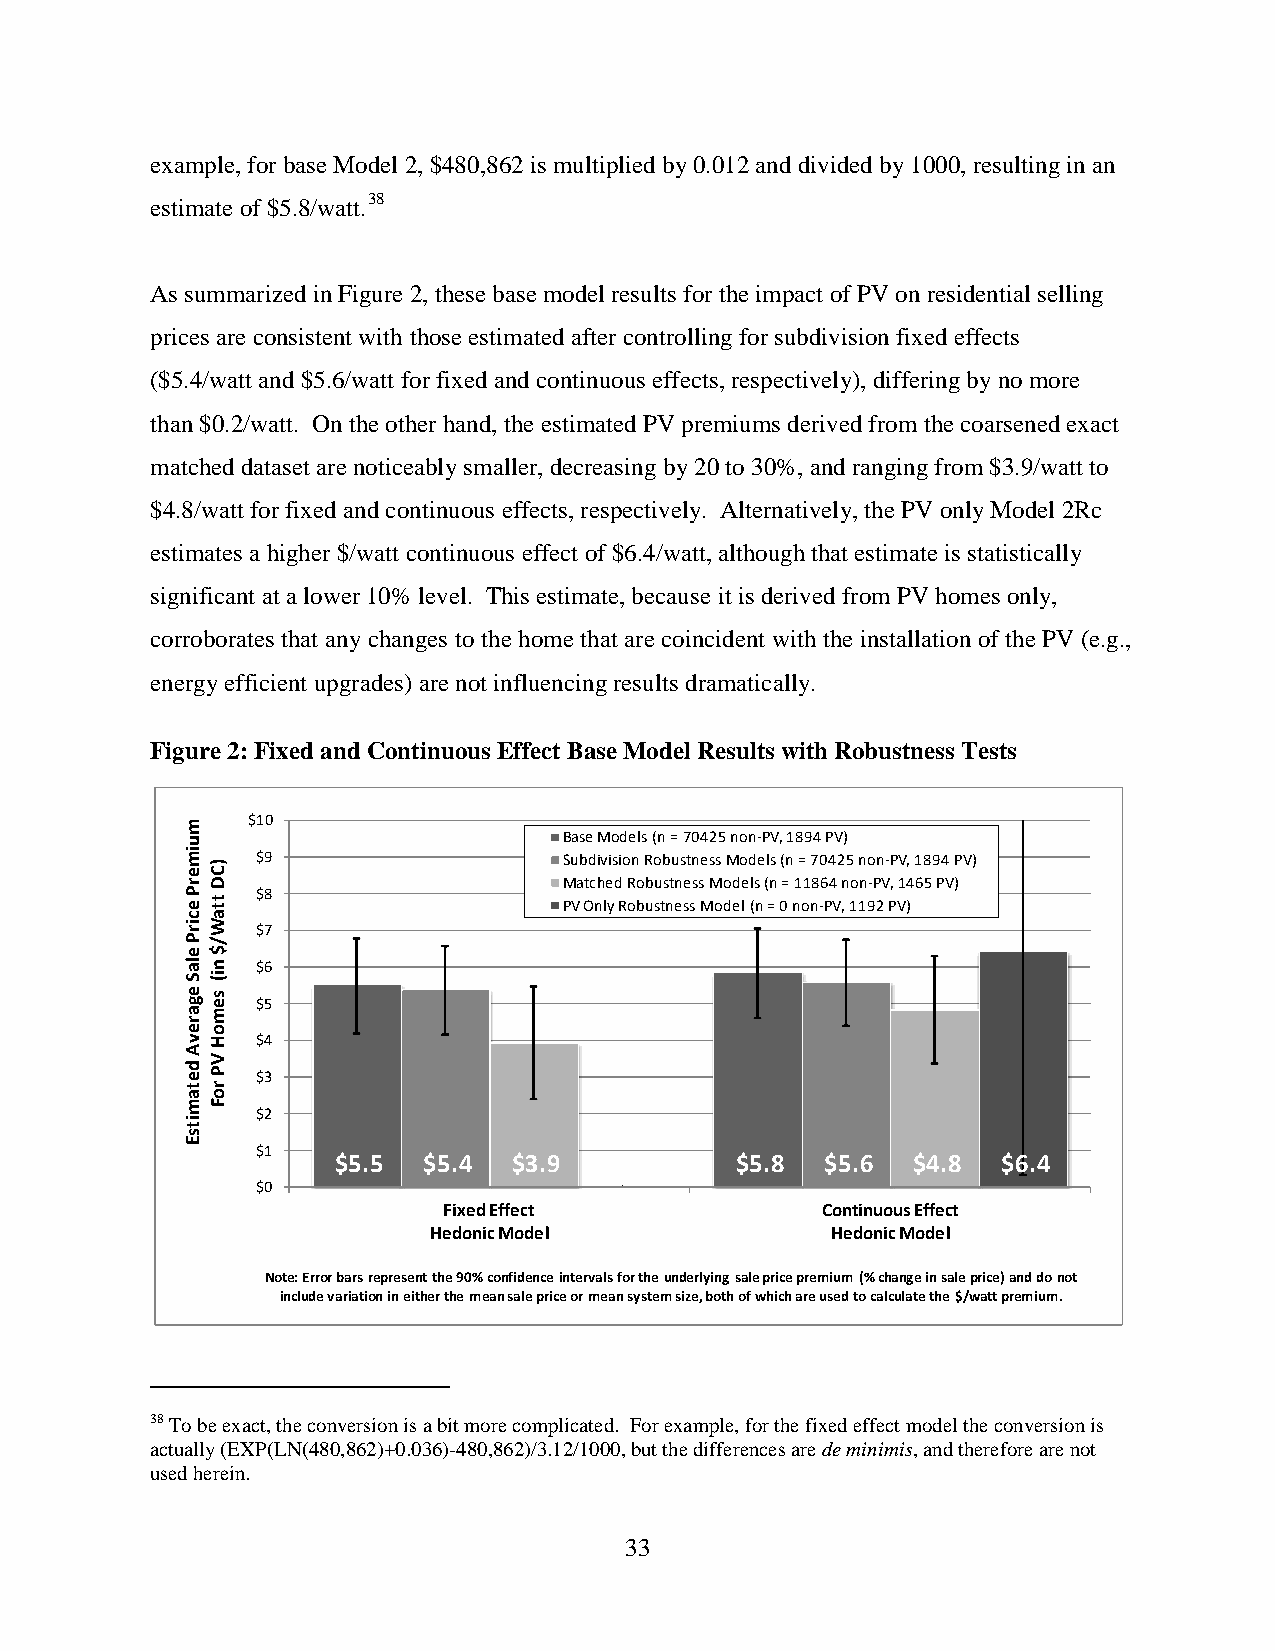
example, for base Model 2, $480,862 is multiplied by 0.012 and divided by 1000, resulting in an
 estimate of $5.8/watt.38
 As summarized in Figure 2, these base model results for the impact of PV on residential selling
 prices are consistent with those estimated after controlling for subdivision fixed effects
 ($5.4/watt and $5.6/watt for fixed and continuous effects, respectively), differing by no more
 than $0.2/watt. On the other hand, the estimated PV premiums derived from the coarsened exact
 matched dataset are noticeably smaller, decreasing by 20 to 30%, and ranging from $3.9/watt to
 $4.8/watt for fixed and continuous effects, respectively. Alternatively, the PV only Model 2Rc
 estimates a higher $/watt continuous effect of $6.4/watt, although that estimate is statistically
 significant at a lower 10% level. This estimate, because it is derived from PV homes only,
 corroborates that any changes to the home that are coincident with the installation of the PV (e.g.,
 energy efficient upgrades) are not influencing results dramatically.
 Figure 2: Fixed and Continuous Effect Base Model Results with Robustness Tests
 $10
 Base Models (n = 70425 non-PV, 1894 PV)
 $9                  Subdivision Robustness Models (n = 70425 non-PV, 1894 PV)
 Matched Robustness Models (n = 11864 non-PV, 1465 PV)
 $8
 PV Only Robustness Model (n = 0 non-PV, 1192 PV)
 $7
 $6
 $5
 $4
 $3
 $2
 $1
 $5.5  $5.4  $3.9           $5.8  $5.6 $4.8  $6.4
 $0
 Fixed Effect             C o ntinuous Effect
 Hedonic Model              Hedonic Model
 Note: Error bars represent the 90% confidence intervals for the underlying sale price premium (% change in sale price) and donot
 include variation in either the mean sale price or mean system size, both of which are used to calculate the $/watt premium.
 38 To be exact, the conversion is a bit more complicated. For example, for the fixed effect model the conversion is
 actually (EXP(LN(480,862)+0.036)-480,862)/3.12/1000, but the differences are de minimis, and therefore are not
 used herein.
 33
 muimerP
 ecirP
 elaS
 egarevA
 detamitsE
 )CD
 ttaW/$
 ni(
 semoH
 VP
 roF